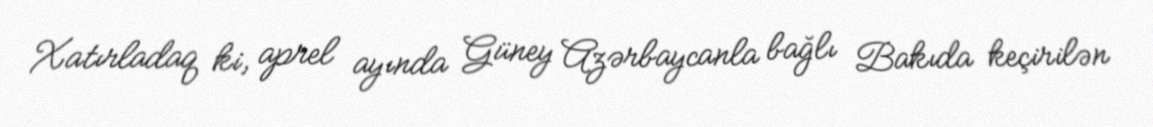
Xatırladaq ki, aprel ayında Güney Azərbaycanla bağlı Bakıda keçirilən